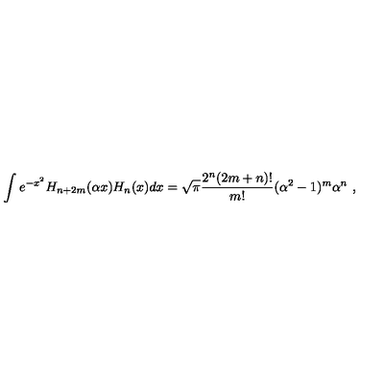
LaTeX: \int e ^ { - x ^ { 2 } } H _ { n + 2 m } ( \alpha x ) H _ { n } ( x ) d x = \sqrt { \pi } { \frac { 2 ^ { n } ( 2 m + n ) ! } { m ! } } ( \alpha ^ { 2 } - 1 ) ^ { m } \alpha ^ { n } \ ,